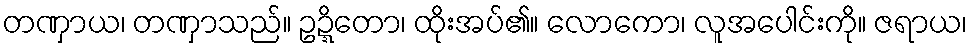
တဏှာယ၊ တဏှာသည်။ ဥဍ္ဍိတော၊ ထိုးအပ်၏။ လောကော၊ လူအပေါင်းကို။ ဇရာယ၊